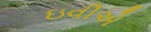
ઇવીએ